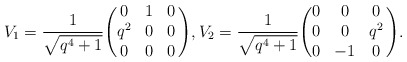
\begin{align*} V_1 = \frac{1}{\sqrt{q^4+1}} \Biggl( \begin{matrix} 0 & 1 & 0 \\ q^2 & 0 & 0 \\ 0 & 0 & 0 \end{matrix} \, \Biggr) , V_2 = \frac{1}{\sqrt{q^4+1}} \Biggl( \begin{matrix} 0 & 0 & 0 \\ 0 & 0 & q^2 \\ 0 & -1 & 0 \end{matrix} \, \Biggr) .\end{align*}